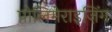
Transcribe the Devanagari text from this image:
पोलिमेराइज़िंग